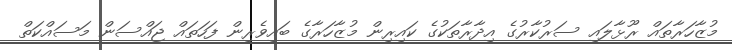
މުޒާހަރާތައް ރޫޅާލައި ސަރުކާރުގެ އިދާރާތަކުގެ ކައިރިން މުޒާހަރާގެ ބައިވެރިން ފަހަތައް ޖައްސަން މަސައްކަތް